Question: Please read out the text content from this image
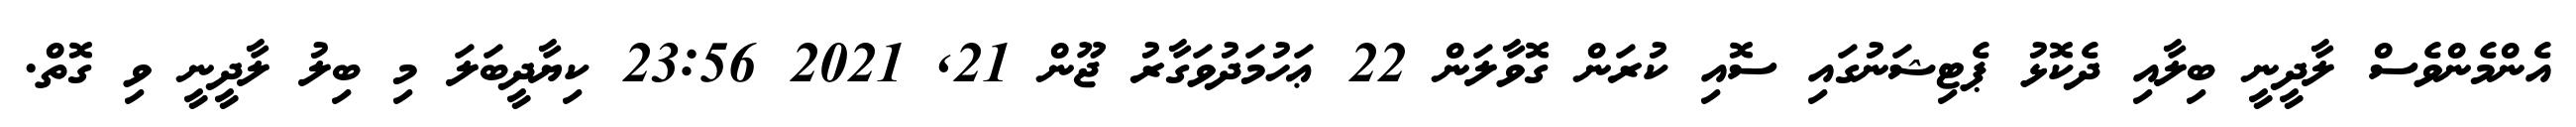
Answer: އެންމެންވެސް ލާދީނީ ބިލާއި ދެކޮޅު ޕެޓިޝަނުގައި ސޮއި ކުރަން ގޮވާލަން 22 ޢަހުމަދުވަގާރު ޖޫން 21, 2021 23:56 ކިޔާދީބަލަ މި ބިލު ލާދީނީ ވި ގޮތް.